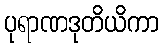
ပုရာဏဒုတိယိကာ